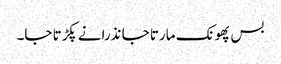
بس پھونک مارتا جا نذرانے پکڑتا جا۔